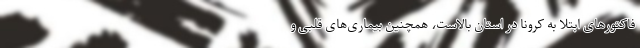
فاکتورهای ابتلا به کرونا در استان بالاست، همچنین بیماری‌های قلبی و